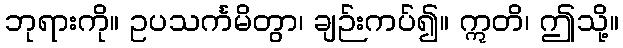
ဘုရားကို။ ဥပသင်္ကမိတွာ၊ ချဉ်းကပ်၍။ ဣတိ၊ ဤသို့။